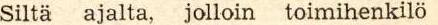
Siltä ajalta, jolloin toimihenkilö